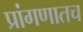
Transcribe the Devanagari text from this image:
प्रांगणातच